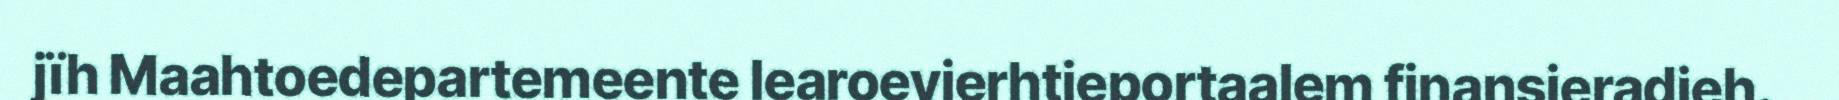
jïh Maahtoedepartemeente learoevierhtieportaalem finansieradieh.